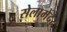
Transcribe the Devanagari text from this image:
सेलामेंदर